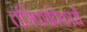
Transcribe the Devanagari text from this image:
तंत्रिकाविकारों